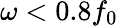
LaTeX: \omega<0.8f_{0}